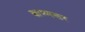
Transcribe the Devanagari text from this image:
स्वास्थ्यस्तर